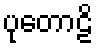
ပုတောဠိ